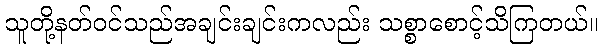
သူတို့နတ်ဝင်သည်အချင်းချင်းကလည်း သစ္စာစောင့်သိကြတယ်။